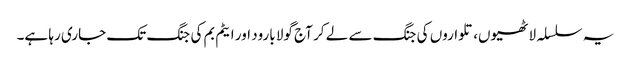
یہ سلسلہ لاٹھیوں، تلواروں کی جنگ سے لے کر آج گولا بارود اور ایٹم بم کی جنگ تک جاری رہا ہے۔